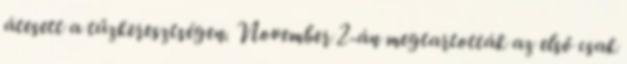
átesett a tűzkeresztségen. November 2-án megtartották az első csak